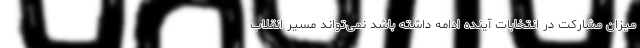
میزان مشارکت در انتخابات آینده ادامه داشته باشد نمی‌تواند مسیر انقلاب